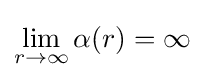
\lim _{r\rightarrow \infty }\alpha (r)=\infty